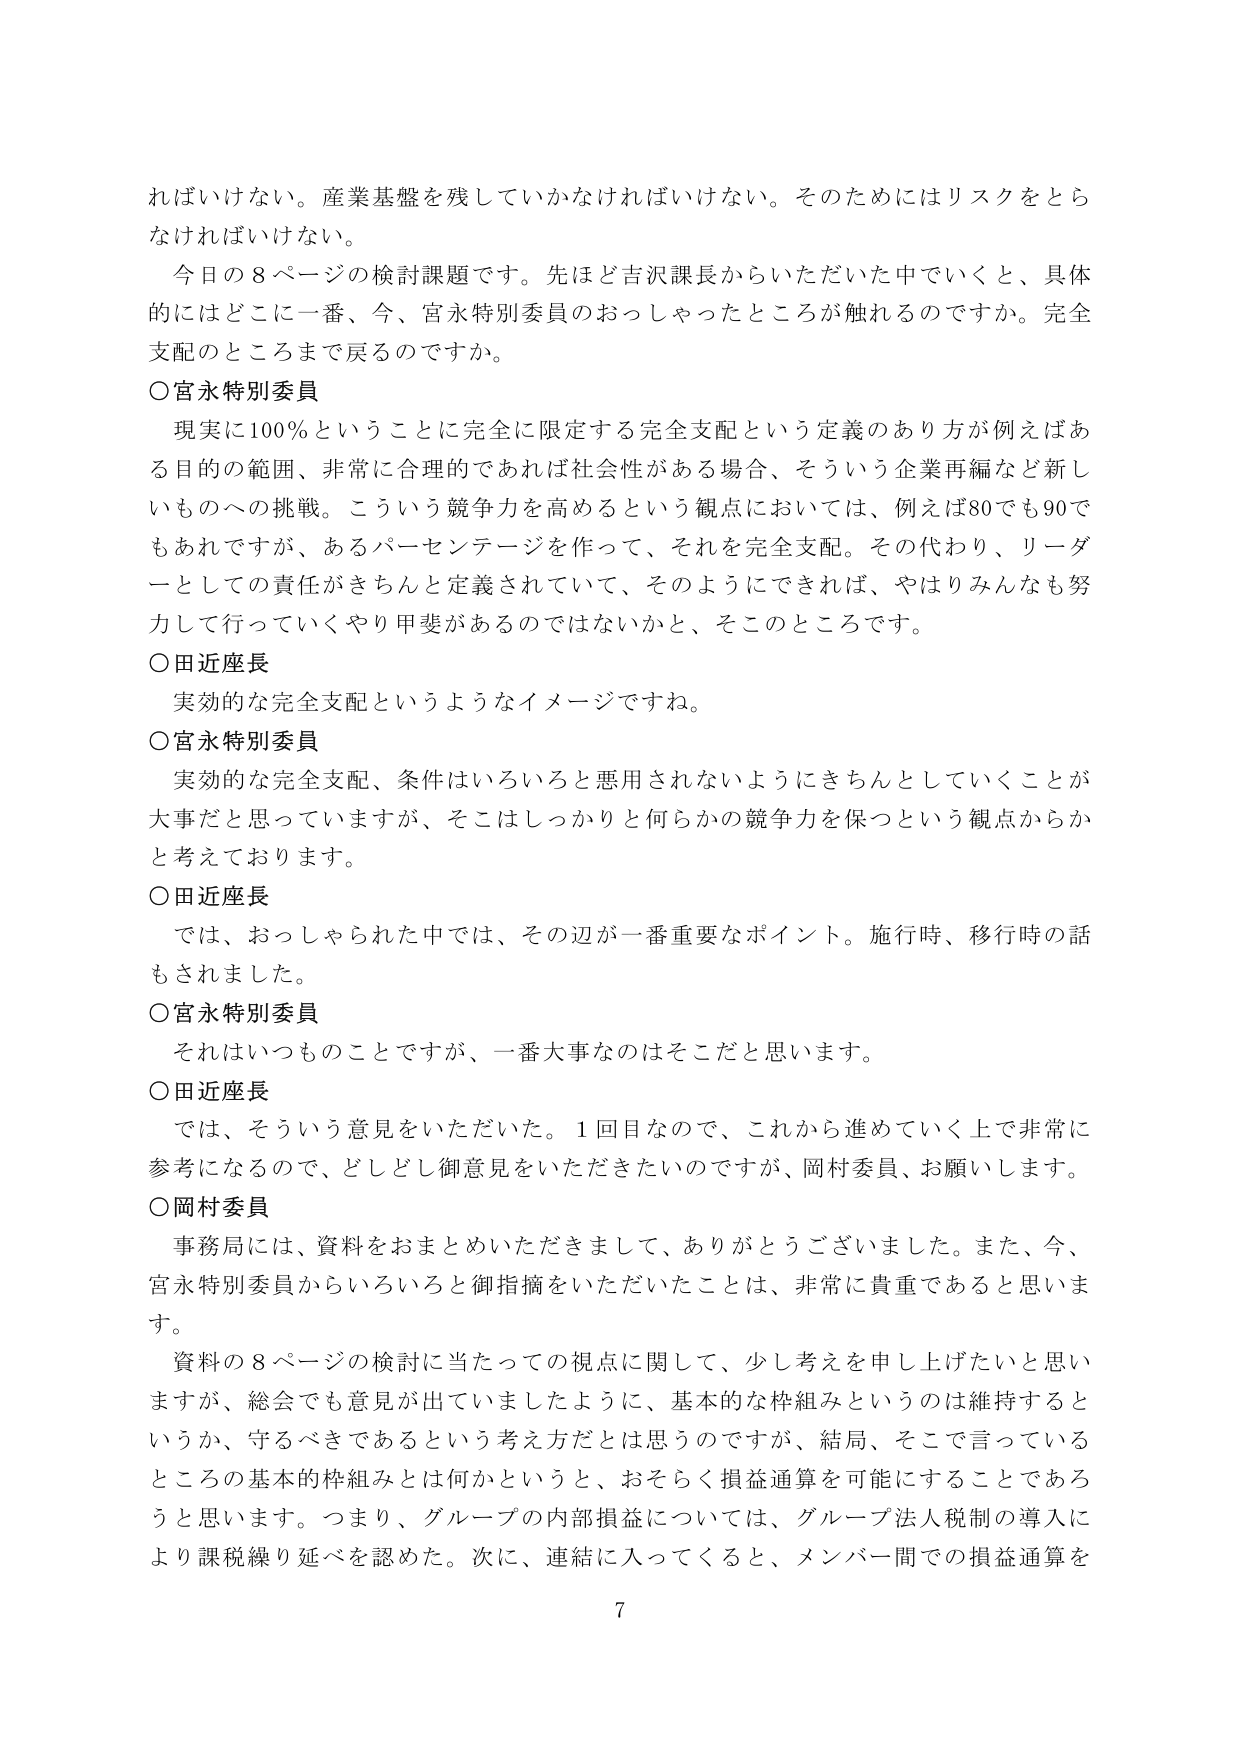
ればいけない。産業基盤を残していかなければならない。そのためにはリスクをとらなければならない。

今日の8ページの検討課題です。先ほど吉沢課長からいただいた中でいくと、具体的にはどこに一番、今、宮永特別委員のおっしゃったところが触れるのですか。完全支配のところまで戻るのですか。

○宮永特別委員
現実に100％ということに完全に限定する完全支配という定義のあり方が例えばある目的の範囲、非常に合理的であれば社会性がある場合、そういう企業再編など新しいものへの挑戦。こういう競争力を高めるという観点においては、例えば80でも90でもあれですが、あるパーセンテージを作って、それを完全支配。その代わり、リーダーとしての責任がきちんと定義されていて、そのようにできれば、やはりみんなも努力して行っていくやり甲斐があるのではないかと、そこのところです。

○田近座長
実効的な完全支配というようなイメージですね。

○宮永特別委員
実効的な完全支配、条件はいろいろと悪用されないようにきちんとしていくことが大事だと思っていますが、そこはしっかりと何らかの競争力を保つという観点からかと考えております。

○田近座長
では、おっしゃられた中では、その辺が一番重要なポイント。施行時、移行時の話もされました。

○宮永特別委員
それはいつものことですが、一番大事なのはそこだと思います。

○田近座長
では、そういう意見をいただいた。1回目なので、これから進めていく上で非常に参考になるので、どしどし御意見をいただきたいのですが、岡村委員、お願いします。

○岡村委員
事務局には、資料をおまとめいただきまして、ありがとうございました。また、今、宮永特別委員からいろいろと御指摘をいただいたことは、非常に貴重であると思います。

資料の8ページの検討に当たっての視点に関して、少し考えを申し上げたいと思いますが、総会でも意見が出ていましたように、基本的な枠組みというのは維持するというか、守るべきであるという考え方だとは思うのですが、結局、そこで言っているところの基本的枠組みとは何かというと、おそらく損益通算を可能にすることであろうと思います。つまり、グループの内部損益については、グループ法人税制の導入により課税繰り延べを認めた。次に、連結に入ってくると、メンバー間での損益通算を

7